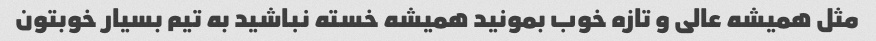
مثل همیشه عالی و تازه خوب بمونید همیشه خسته نباشید به تیم بسیار خوبتون